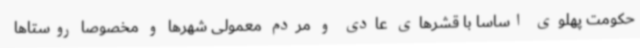
حکومت پهلوی اساسا با قشرهای عادی و مردم معمولی شهرها و مخصوصا روستاها